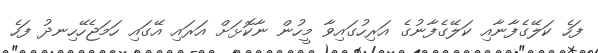
ފަހެ ކަލޭގެފާނާއި ކަލޭގެފާނުގެ އަރިހުގައިވާ މީހުން ނާކޮޅަށް އަރައި އޭގައި ހަމަޖެހޭހިނދު ފަހެ